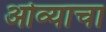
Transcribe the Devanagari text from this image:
ओव्याचा